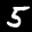
Label: 5